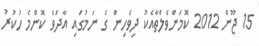
15 ޖޫން 2012 ކޮމަންވެލްތާއެކު ދިވެހިން ގެ ނަމުގައި އާދަވެ ކޮންމެ ހުކުރު